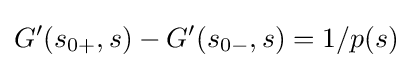
G'(s_{0+},s)-G'(s_{0-},s)=1/p(s)